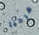
مرحبا